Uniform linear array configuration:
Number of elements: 12
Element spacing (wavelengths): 0.75
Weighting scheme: cosine
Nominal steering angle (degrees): -45
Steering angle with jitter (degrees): -45.696
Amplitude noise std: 0.05
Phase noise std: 0.05

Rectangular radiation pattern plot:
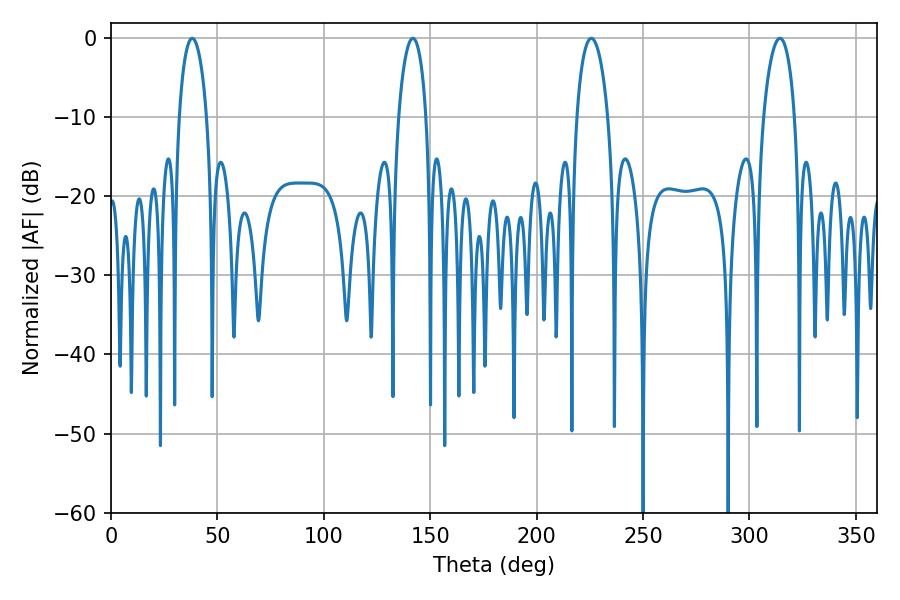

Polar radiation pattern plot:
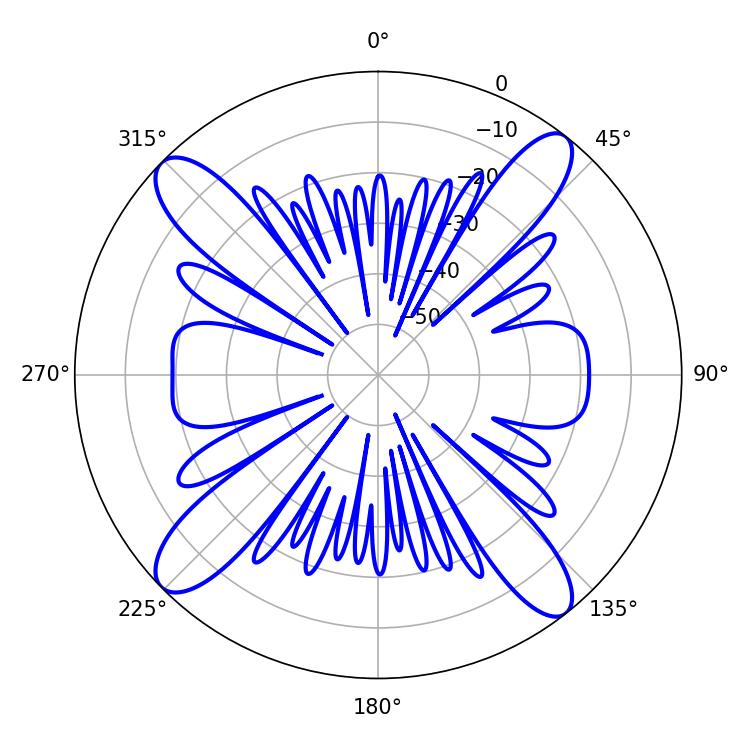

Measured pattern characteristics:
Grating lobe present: TRUE
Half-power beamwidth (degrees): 7.38
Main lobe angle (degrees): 38.16